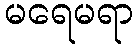
မရေမရာ